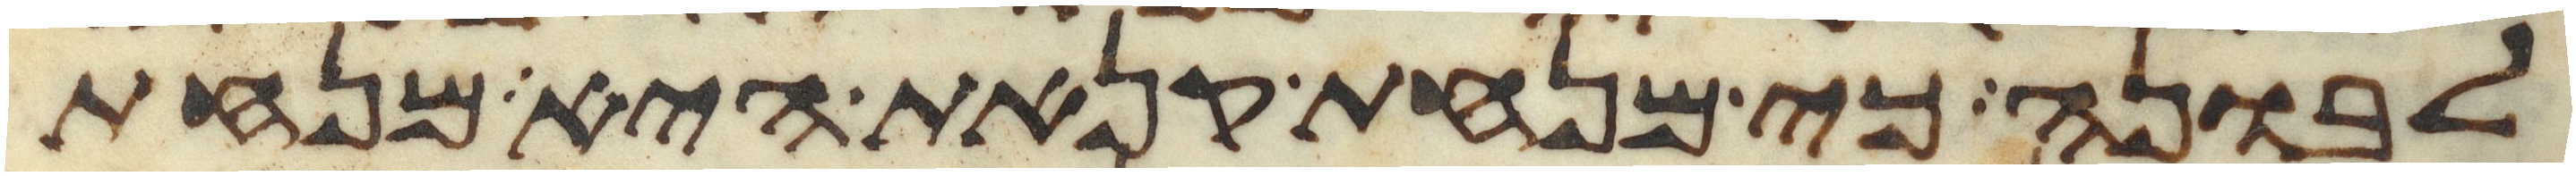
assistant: לבונה כי מנחת קנאת היא מנחת